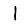
Digit: 1